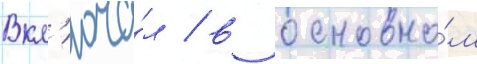
Вкл'юча́л / в основно́м